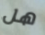
هل